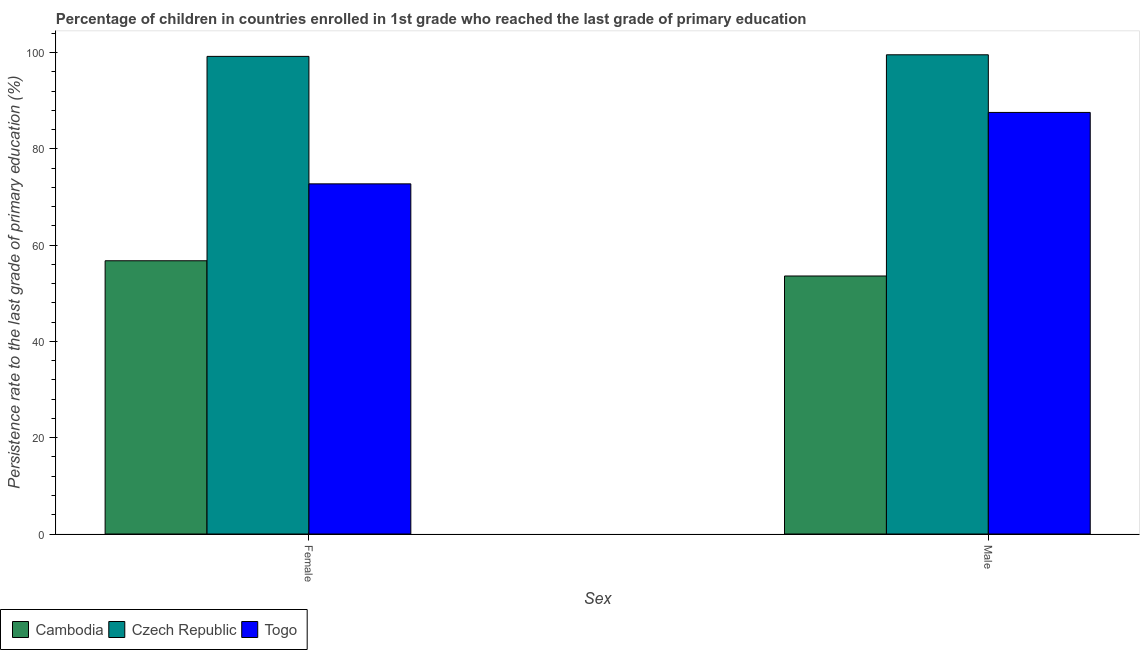
| Sex | Cambodia | Czech Republic | Togo |
 | --- | --- | --- | --- |
 | Female | 56.8 | 99.2 | 72.7 |
 | Male | 53.6 | 99.5 | 87.6 |